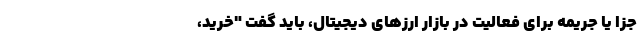
جزا یا جریمه برای فعالیت در بازار ارزهای دیجیتال، باید گفت "خرید،